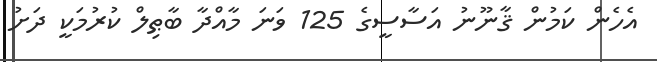
އެހެން ކަމުން ޤާނޫނު އަސާސީގެ 125 ވަނަ މާއްދާ ބާޠިލް ކުރުމަކީ ދަށު